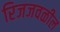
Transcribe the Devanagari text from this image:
रिजजवळील